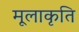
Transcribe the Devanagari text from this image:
मूलाकृति